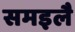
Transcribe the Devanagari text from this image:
समइलै